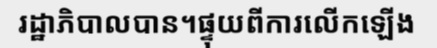
រដ្ឋាភិបាលបាន។ផ្ទុយពីការលើកឡើង